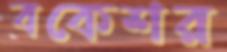
বকেশর